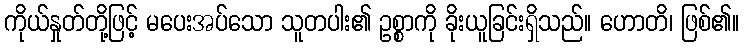
ကိုယ်နှုတ်တို့ဖြင့် မပေးအပ်သော သူတပါး၏ ဥစ္စာကို ခိုးယူခြင်းရှိသည်။ ဟောတိ၊ ဖြစ်၏။